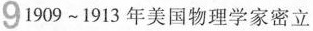
91909~1913年美国物理学家密立